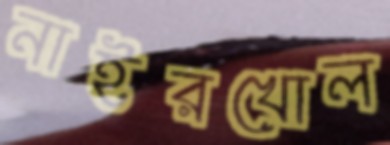
নাইরখোল